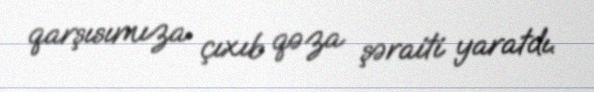
qarşısımıza çıxıb qəza şəraiti yaratdı.